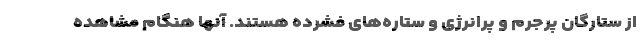
از ستارگان پرجرم و پرانرژی و ستاره‌های فشرده هستند. آنها هنگام مشاهده